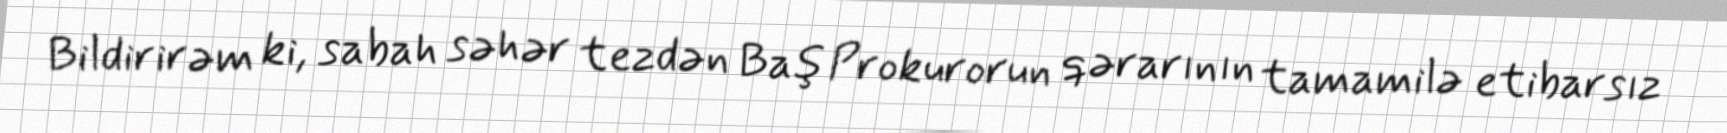
Bildirirəm ki, sabah səhər tezdən Baş Prokurorun qərarının tamamilə etibarsız